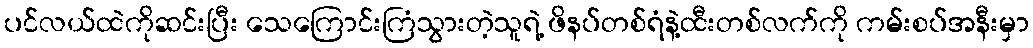
ပင်လယ်ထဲကိုဆင်းပြီး သေကြောင်းကြံသွားတဲ့သူရဲ့ ဖိနပ်တစ်ရံနဲ့ထီးတစ်လက်ကို ကမ်းစပ်အနီးမှာ